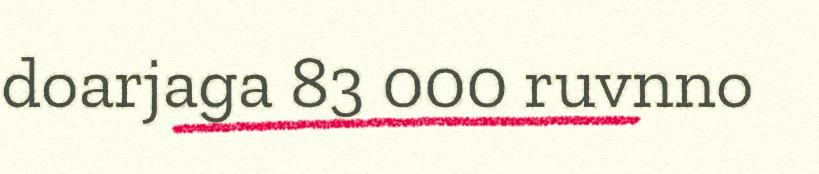
doarjaga 83 000 ruvnno